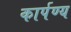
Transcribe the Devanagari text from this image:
कार्पण्य